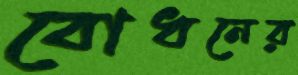
বোধনের